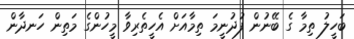
ބަހީލު ތިމާ ގެ ބޭނުން ފުދުނީމަ ތިމާއަށް އެހީތެރިވާ މީހުންގެ މަތިން ހަނދާން